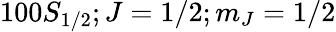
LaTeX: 100S_{1/2};J=1/2;m_{J}=1/2